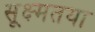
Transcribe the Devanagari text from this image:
सूक्ष्मतया